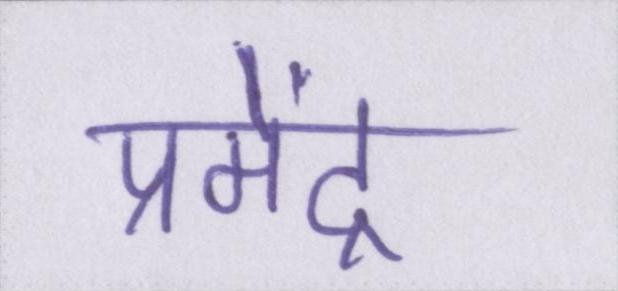
प्रमेंद्र